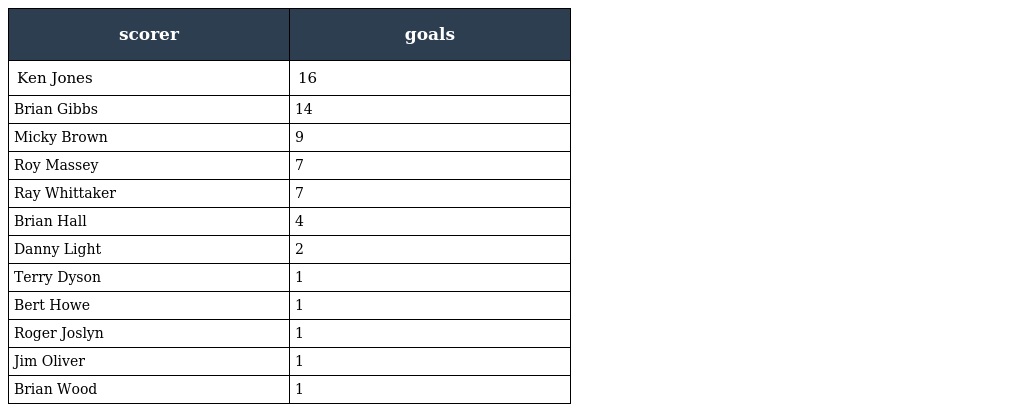
| scorer | goals |
 | --- | --- |
 | Ken Jones | 16 |
 | Brian Gibbs | 14 |
 | Micky Brown | 9 |
 | Roy Massey | 7 |
 | Ray Whittaker | 7 |
 | Brian Hall | 4 |
 | Danny Light | 2 |
 | Terry Dyson | 1 |
 | Bert Howe | 1 |
 | Roger Joslyn | 1 |
 | Jim Oliver | 1 |
 | Brian Wood | 1 |